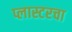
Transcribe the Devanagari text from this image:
प्लास्टरचा